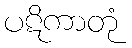
ပဋိကာတုံ